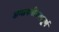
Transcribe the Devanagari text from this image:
अमानवीयतापूर्ण